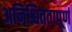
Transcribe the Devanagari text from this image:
अनिश्चिततापूर्ण